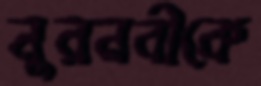
নুরনবীকে